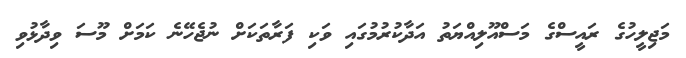
މަޖިލީހުގެ ރައީސްގެ މަސްއޫލިއްޔަތު އަދާކުރުމުގައި ވަކި ފަރާތަކަށް ނުޖެހޭނެ ކަމަށް މޫސަ ވިދާޅުވި